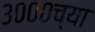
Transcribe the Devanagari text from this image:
३०००च्या